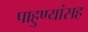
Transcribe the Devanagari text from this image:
पाहुण्यांसह